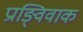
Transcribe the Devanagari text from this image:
प्राङ्विवाक